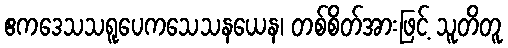
ဧကဒေသသရူပေကသေသနယေန၊ တစ်စိတ်အားဖြင့် သူတိတူ